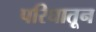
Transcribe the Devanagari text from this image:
परिघातून